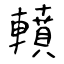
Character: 轒